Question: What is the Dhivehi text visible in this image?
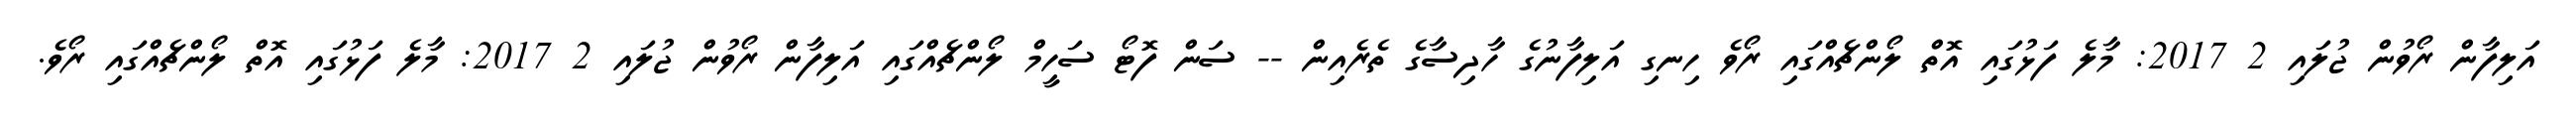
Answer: އަލިފާން ރޯވުން ޖުލައި 2 2017: މާލެ ފަޅުގައި އޮތް ލޯންޗެއްގައި ރޯވެ ހިނގި އަލިފާނުގެ ހާދިސާގެ ތެރެއިން -- ސަން ފޮޓޯ ސަހީމް ލޯންޗެއްގައި އަލިފާން ރޯވުން ޖުލައި 2 2017: މާލެ ފަޅުގައި އޮތް ލޯންޗެއްގައި ރޯވެ.